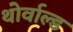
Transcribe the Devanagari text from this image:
थोर्वाल्ड